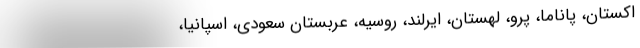
اکستان، پاناما، پرو، لهستان، ایرلند، روسیه، عربستان سعودی، اسپانیا،